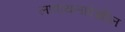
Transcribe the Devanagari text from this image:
लावायलादेखील